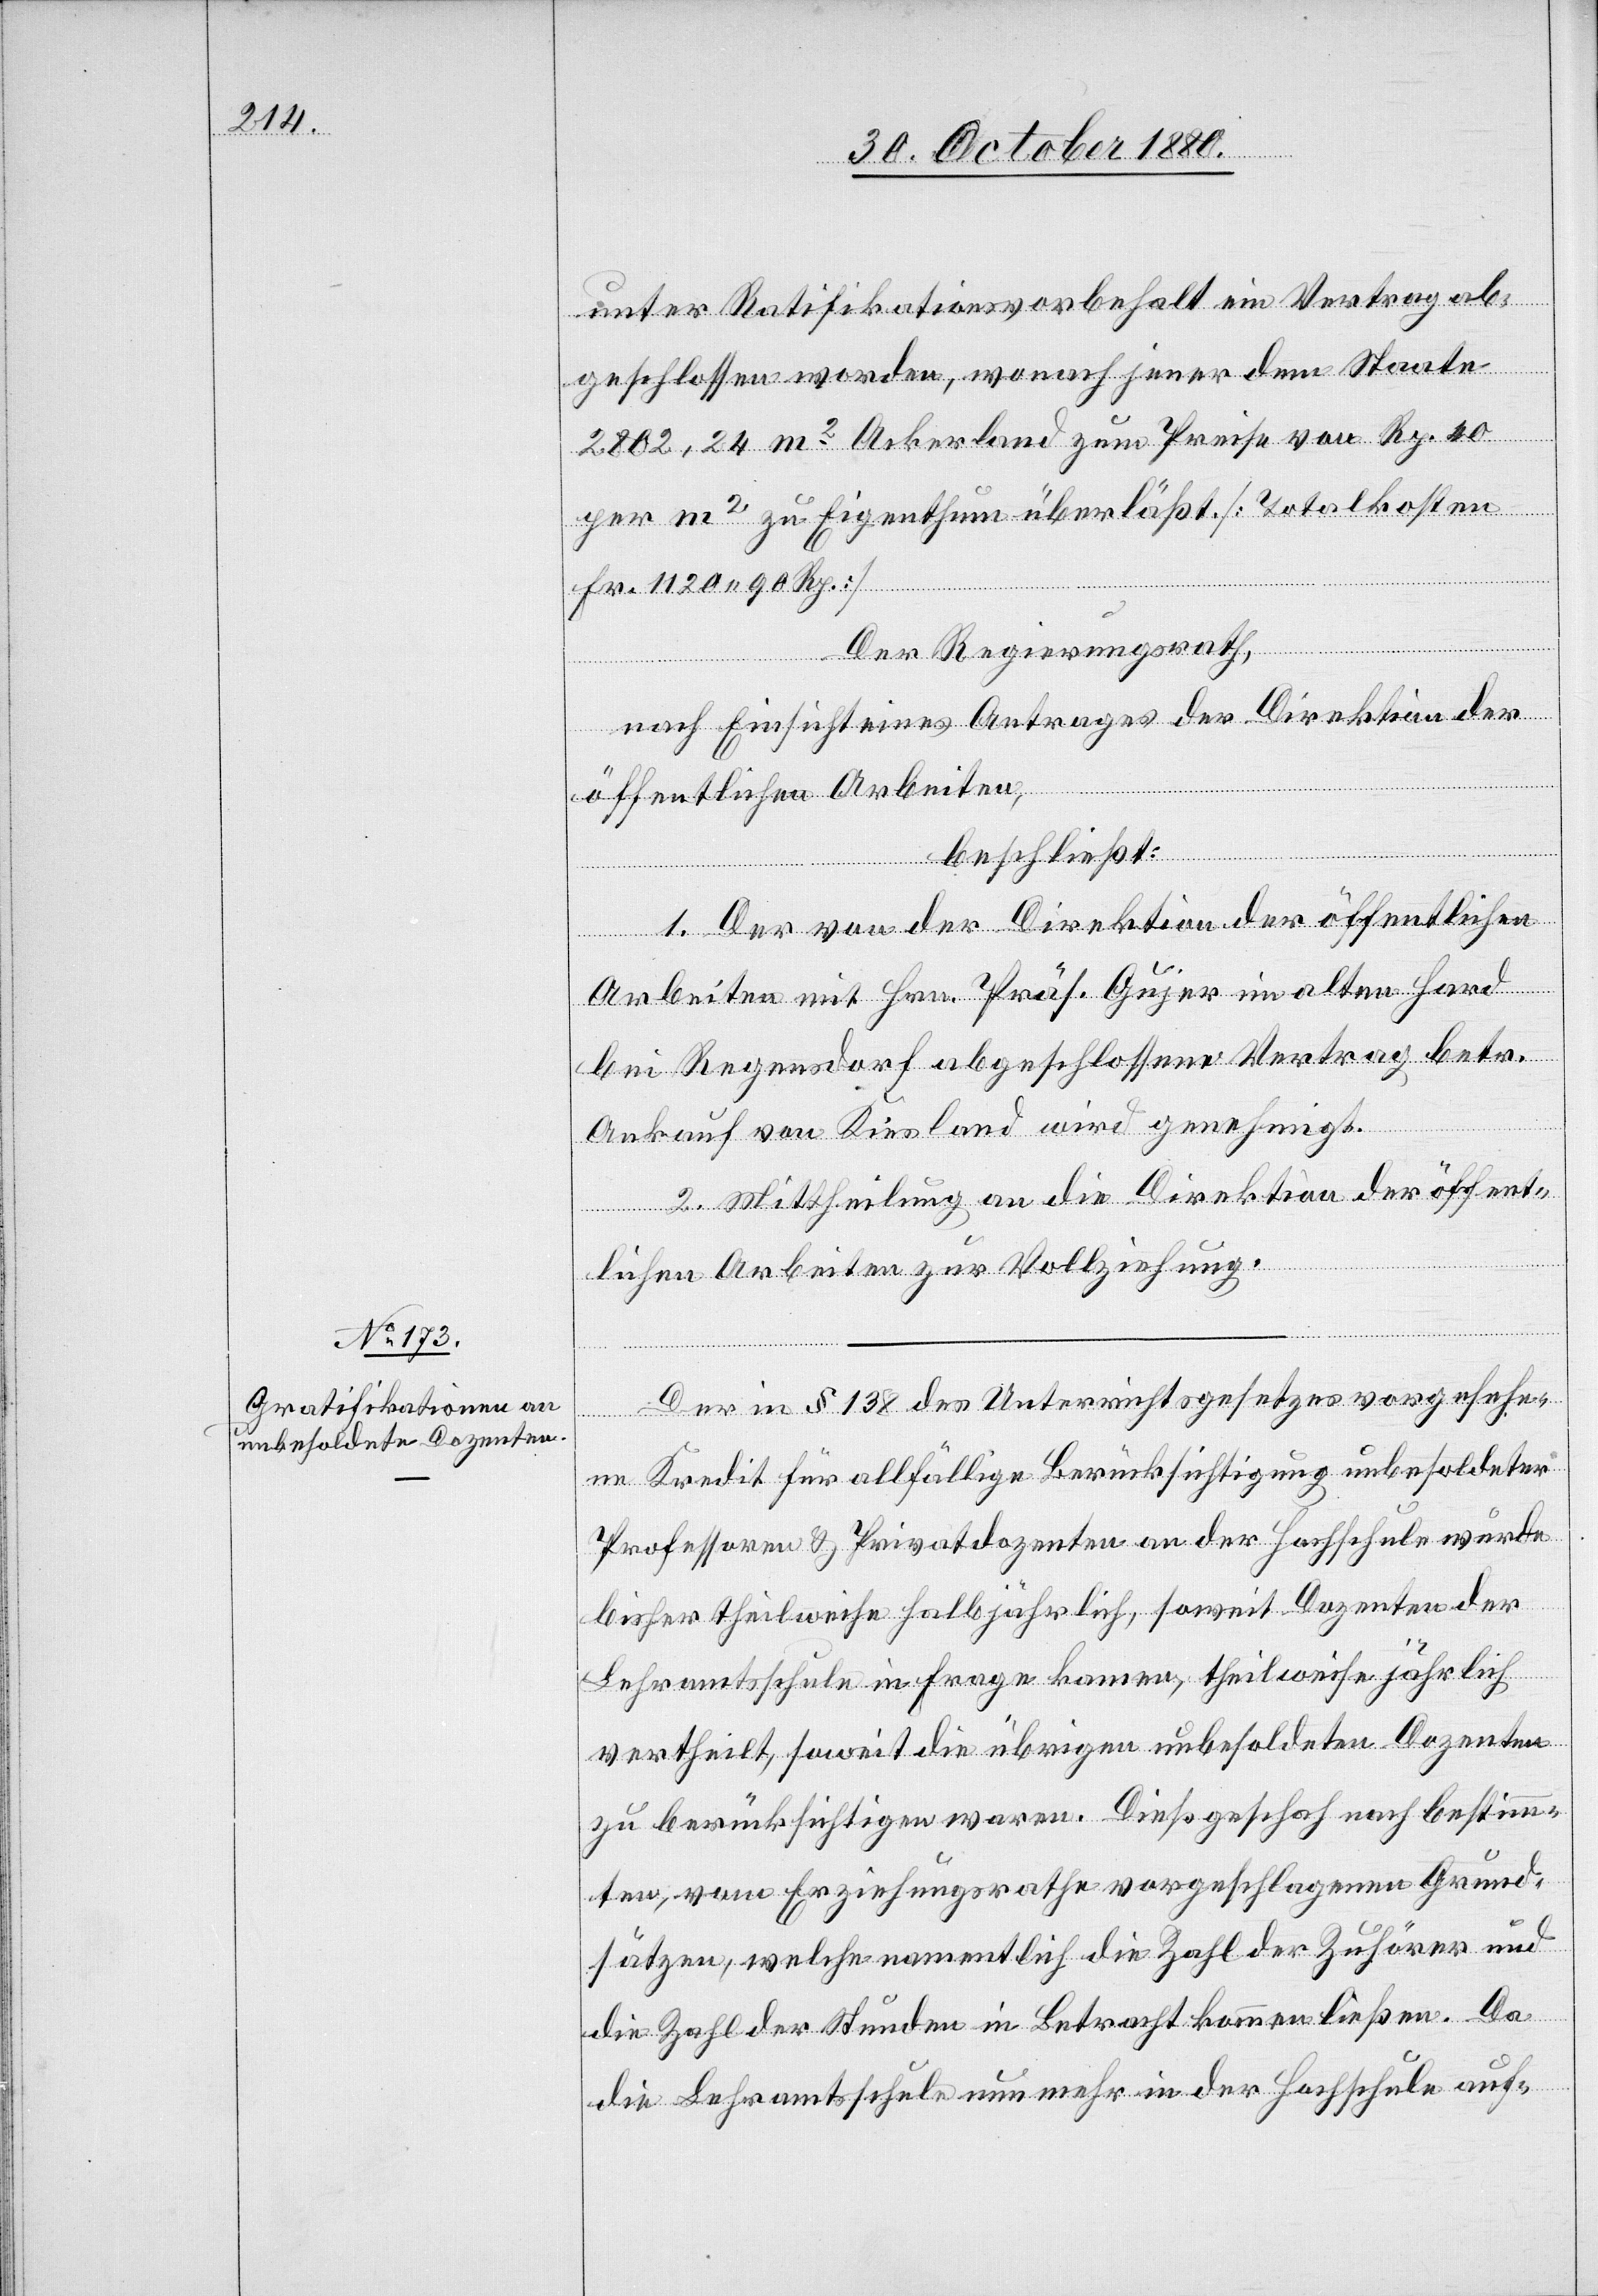
unter Ratifikationsvorbehalt ein Vertrag ab¬
geschlossen worden, wonach jener dem Staate
2802,24 m2 Ackerland zum Preise von Rp. 40
per m2 zu Eigenthum überläßt. [Totalkosten
Fr. 1120 90 Rp.]
Der Regierungsrath,
nach Einsicht eines Antrages der Direktion der
öffentlichen Arbeiten,
beschließt:
1. Der von der Direktion der öffentlichen
Arbeiten mit Hrn. Präs. Gujer im alten Hard
bei Regensdorf abgeschlossene Vertrag betr.
Ankauf von Kiesland wird genehmigt.
2. Mittheilung an die Direktion der öffent¬
lichen Arbeiten zur Vollziehung.
Der in § 138 des Unterrichtsgesetzes vorgesehe¬
ne Kredit für allfällige Berücksichtigung unbesoldeter
Professoren & Privatdozenten an der Hochschule wurde
bisher theilweise halbjährlich, soweit Dozenten der
Lehramtsschule in Frage kommen, theilweise jährlich
vertheilt, soweit die übrigen unbesoldeten Dozenten
zu berücksichtigen waren. Dieß geschah nach bestimm¬
ten, vom Erziehungsrathe vorgeschlagenen Grund¬
sätzen, welche namentlich die Zahl der Zuhörer und
die Zahl der Stunden in Betracht kommen ließen. Da
die Lehramtsschule nun mehr in der Hochschule auf-